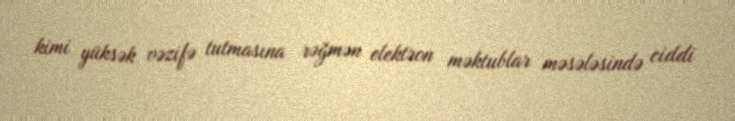
kimi yüksək vəzifə tutmasına rəğmən elektron məktublar məsələsində ciddi